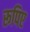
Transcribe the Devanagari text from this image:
रूपिए